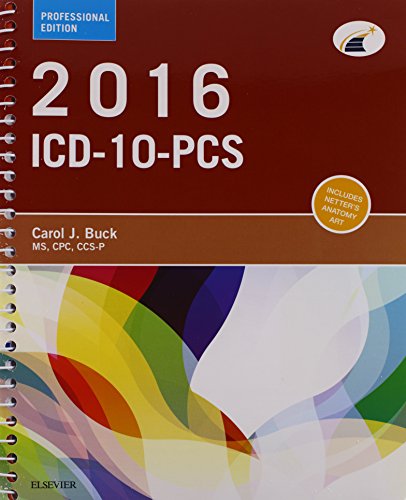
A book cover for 2016 ICD-10-CM Hospital Professional Edition (Spiral bound), 2016 ICD-10-PCS Professional Edition, 2015 HCPCS Professional Edition and AMA 2015 CPT Professional Edition Package, 1e; Carol J. Buck MS  CPC  CCS-P; Medical Books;